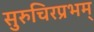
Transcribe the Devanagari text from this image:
सुरुचिरप्रभम्